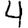
Digit: 4